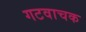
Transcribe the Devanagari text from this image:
गटवाचक